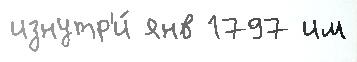
изнутр'и́ янв 1797 им